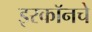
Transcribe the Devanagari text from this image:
इरकॉनचे